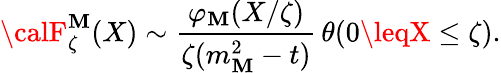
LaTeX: {\calF}_{\zeta}^{\mathbf{M}}(X)\sim\frac{{\varphi_{\mathbf{M}}(X/\zeta)}}{{\zeta(m_{\mathbf{M}}^{2}-t)}}\, \theta(0\leqX\leq\zeta).